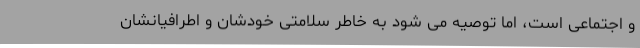
و اجتماعی است، اما توصیه می شود به خاطر سلامتی خودشان و اطرافیانشان